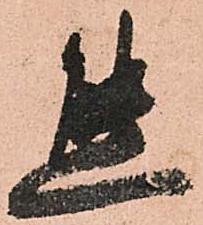
態